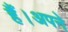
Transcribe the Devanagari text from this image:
हैं।अपने